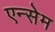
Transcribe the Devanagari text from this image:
एन्सेम